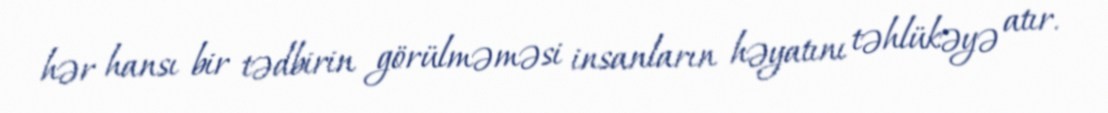
hər hansı bir tədbirin görülməməsi insanların həyatını təhlükəyə atır.